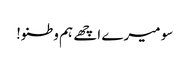
سو میرے اچھے ہم وطنو!